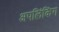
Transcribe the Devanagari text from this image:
अपलिंकिंग